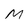
Character: M